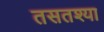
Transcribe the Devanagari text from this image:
तसतश्या